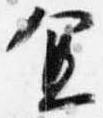
宜